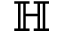
\mathbb H